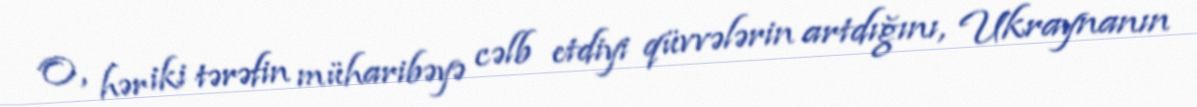
O, hər iki tərəfin müharibəyə cəlb etdiyi qüvvələrin artdığını, Ukraynanın